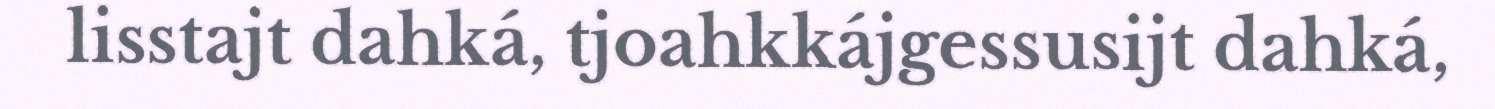
lisstajt dahká, tjoahkkájgessusijt dahká,